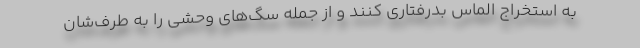
به استخراج الماس بدرفتاری کنند و از جمله سگ‌های وحشی را به طرف‌شان